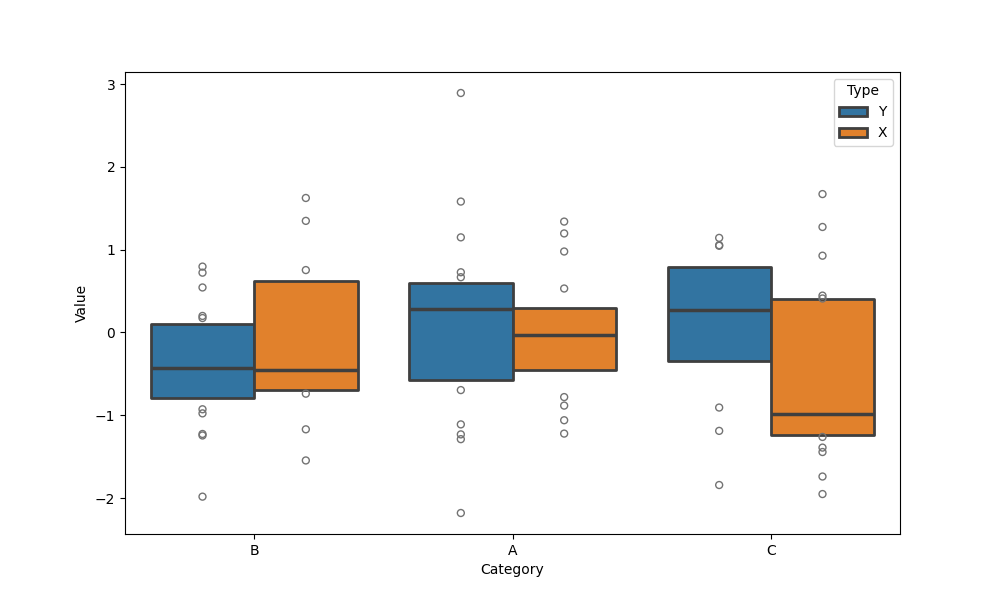
python, seaborn, boxenplot, k_depth='tukey', linewidth=2, scale='linear', outlier_prop=0.2, showfliers=True